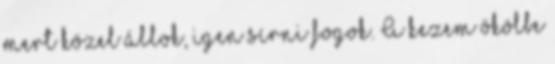
mert közel állok, igen sírni fogok. A kezem ökölbe